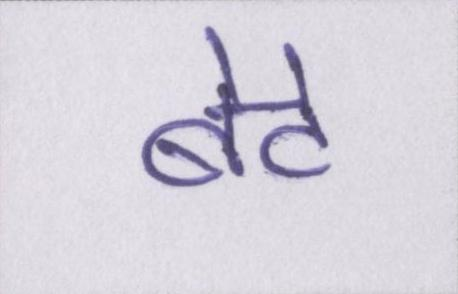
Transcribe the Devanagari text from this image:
बेटे